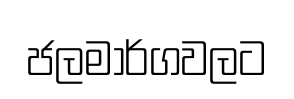
ජලමාර්ගවලට